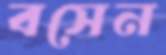
বসেন